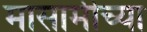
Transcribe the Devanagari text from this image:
मासामीच्या